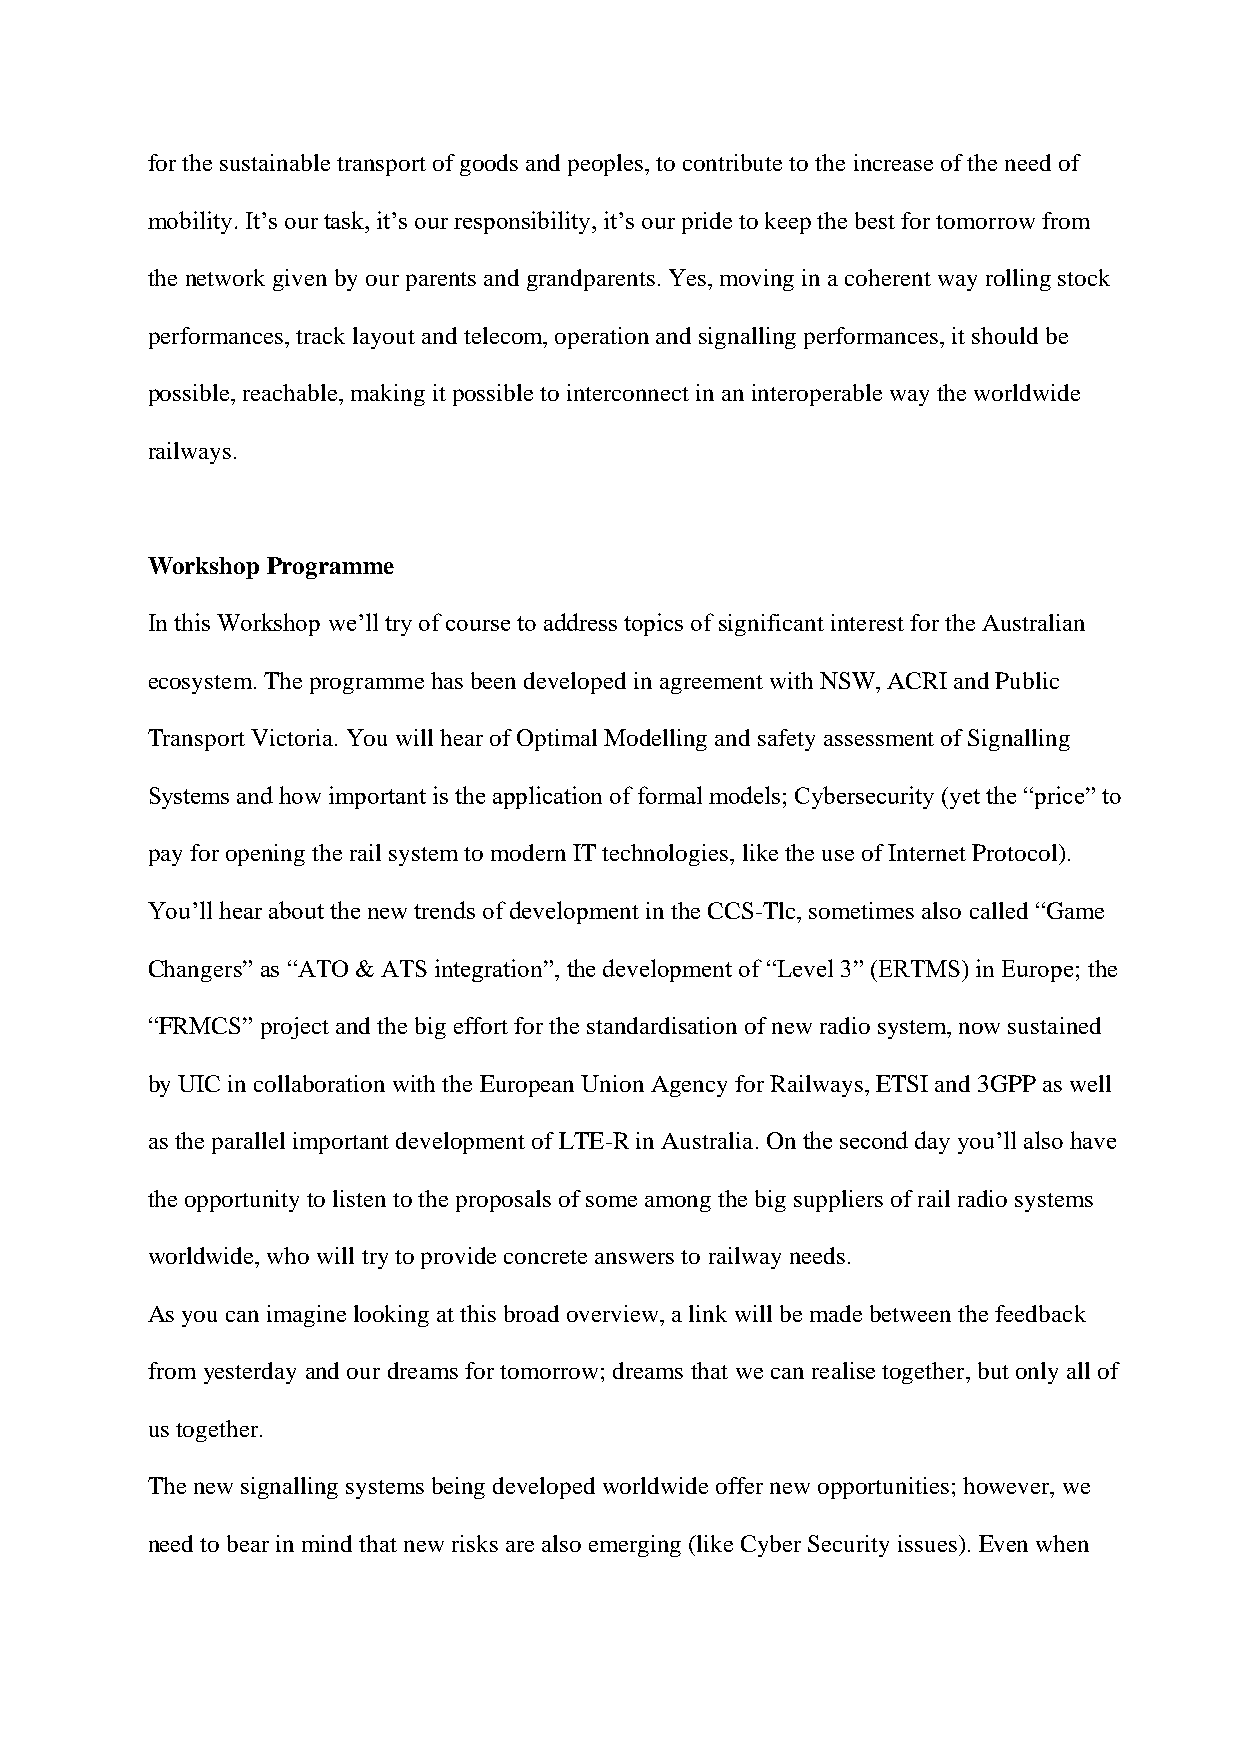
for the sustainable transport of goods and peoples, to contribute to the increase of the need of
 mobility. It’s our task, it’s our responsibility, it’s our pride to keep the best for tomorrow from
 the network given by our parents and grandparents. Yes, moving in a coherent way rolling stock
 performances, track layout and telecom, operation and signalling performances, it should be
 possible, reachable, making it possible to interconnect in an interoperable way the worldwide
 railways.
 Workshop Programme
 In this Workshop we’ll try of course to address topics of significant interest for the Australian
 ecosystem. The programme has been developed in agreement with NSW, ACRI and Public
 Transport Victoria. You will hear of Optimal Modelling and safety assessment of Signalling
 Systems and how important is the application of formal models; Cybersecurity (yet the “price” to
 pay for opening the rail system to modern IT technologies, like the use of Internet Protocol).
 You’ll hear about the new trends of development in the CCS-Tlc, sometimes also called “Game
 Changers” as “ATO & ATS integration”, the development of “Level 3” (ERTMS) in Europe; the
 “FRMCS” project and the big effort for the standardisation of new radio system, now sustained
 by UIC in collaboration with the European Union Agency for Railways, ETSI and 3GPP as well
 as the parallel important development of LTE-R in Australia. On the second day you’ll also have
 the opportunity to listen to the proposals of some among the big suppliers of rail radio systems
 worldwide, who will try to provide concrete answers to railway needs.
 As you can imagine looking at this broad overview, a link will be made between the feedback
 from yesterday and our dreams for tomorrow; dreams that we can realise together, but only all of
 us together.
 The new signalling systems being developed worldwide offer new opportunities; however, we
 need to bear in mind that new risks are also emerging (like Cyber Security issues). Even when